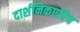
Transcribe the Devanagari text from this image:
दार्शनिकएरिच